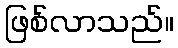
ဖြစ်လာသည်။